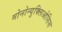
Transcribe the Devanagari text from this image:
मोनोन्युक्लिओसिस